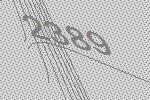
2389